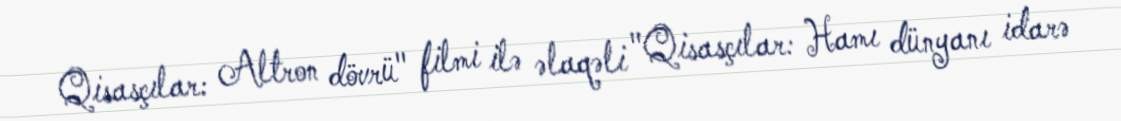
Qisasçılar: Altron dövrü" filmi ilə əlaqəli "Qisasçılar: Hamı dünyanı idarə